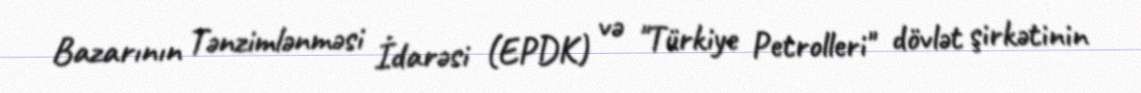
Bazarının Tənzimlənməsi İdarəsi (EPDK) və "Türkiye Petrolleri" dövlət şirkətinin